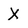
Character: X